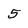
Character: 5